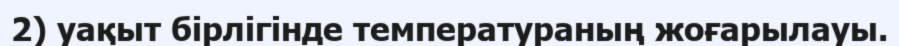
2) уақыт бірлігінде температураның жоғарылауы.